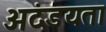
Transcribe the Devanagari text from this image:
अदंडयता